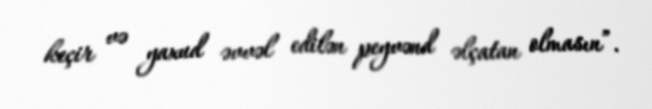
keçir və yaxud əvvəl edilən peyvənd əlçatan olmasın”.